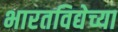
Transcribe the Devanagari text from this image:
भारतविद्येच्या